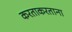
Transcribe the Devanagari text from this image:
करताकरताना